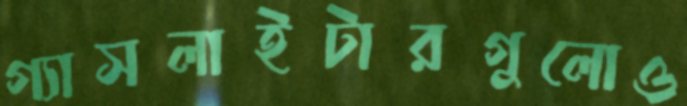
গ্যাসলাইটারগুলোও